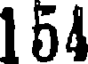
154